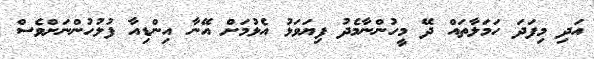
އަދި މިފަދަ ހަމަލާތައް ދޭ މީހުންނާމެދު ފިޔަވަޅު އެޅުމަށް އޭނާ އިންޑިއާ ފުލުހުންނަށްވެސް